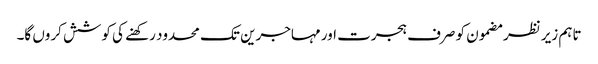
تاہم زیر نظر مضمون کو صرف ہجرت اور مہاجرین تک محدود رکھنے کی کوشش کروں گا۔